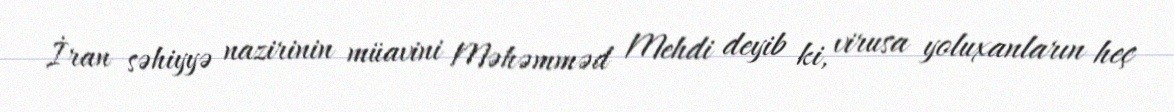
İran səhiyyə nazirinin müavini Məhəmməd Mehdi deyib ki, virusa yoluxanların heç